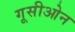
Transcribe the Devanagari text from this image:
गूसीओन